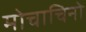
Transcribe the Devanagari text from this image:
मोचाचिनो